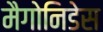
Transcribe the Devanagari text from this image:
मैगोनिडेस